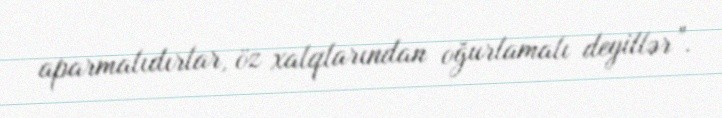
aparmalıdırlar, öz xalqlarından oğurlamalı deyillər”.